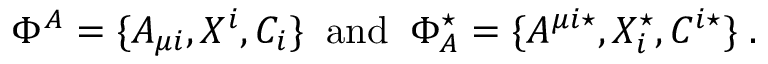
\Phi ^ { A } = \{ A _ { \mu i } , X ^ { i } , C _ { i } \} \; \; \mathrm { a n d } \; \; \Phi _ { A } ^ { \star } = \{ A ^ { \mu i \star } , X _ { i } ^ { \star } , C ^ { i \star } \} \; .